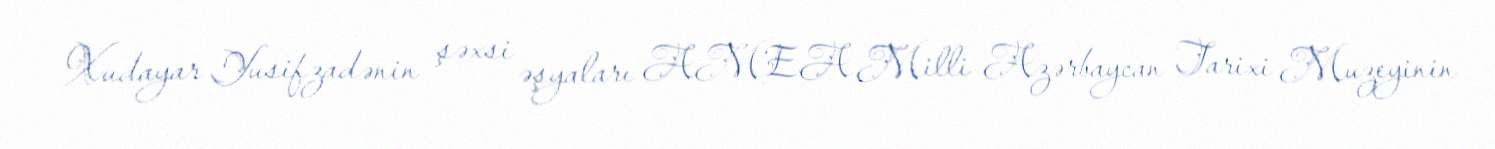
Xudayar Yusifzadənin şəxsi əşyaları AMEA Milli Azərbaycan Tarixi Muzeyinin